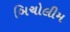
બિચોલીમ